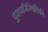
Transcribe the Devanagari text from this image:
पुरापारिस्थितिकी